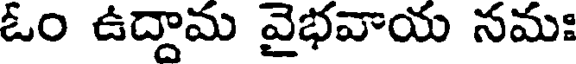
ఓం ఉద్దామ వైభవాయ నమః